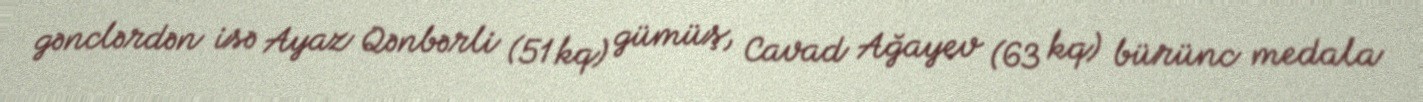
gənclərdən isə Ayaz Qənbərli (51 kq) gümüş, Cavad Ağayev (63 kq) bürünc medala